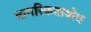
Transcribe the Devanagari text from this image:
नागरिकताबोध